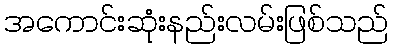
အကောင်းဆုံးနည်းလမ်းဖြစ်သည်